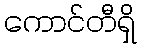
ကောင်တီရှိ